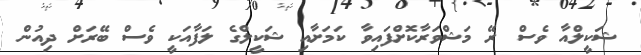
ޝަކީލްއާ ވެސް ރޭ މަޝްވަރާކޮށްފައިވާ ކަމަށާއި ޝަކީލްގެ ލަފާއަކީ ވެސް ބޭރަށް ދިއުން